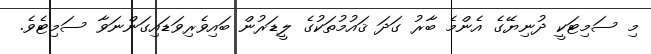
މި ސަމިޓަކީ ދުނިޔޭގެ އެންމެ ބާރު ގަދަ ޤައުމުތަކުގެ ލީޑަރުން ބައިވެރިވަޑައިގަންނަވާ ސަމިޓެވެ.